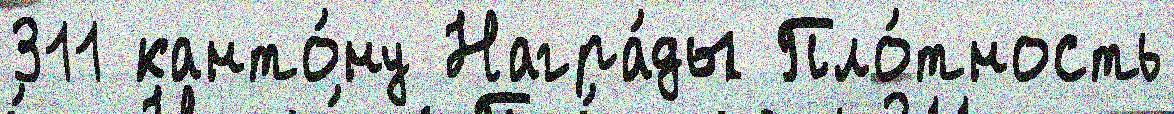
311 канто́ну Награ́ды Пло́тность